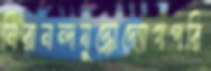
নিরানন্দযুদ্ধোদ্যোগপরি